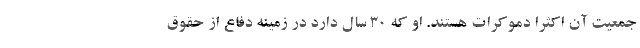
جمعیت آن اکثرا دموکرات هستند. او که ۳۰ سال دارد در زمینه دفاع از حقوق